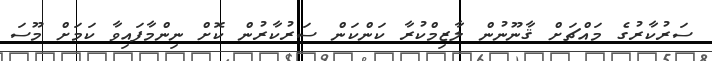
ސަރުކާރުގެ މައްޗަށް ޤާނޫނުން ލާޒިމްކުރާ ކަންކަން ސަރުކާރުން ކޮށް ނިންމާފައިވާ ކަމަށް މޫސަ